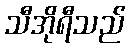
သီအိုရီသည်